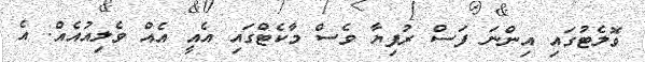
ވޮލެޓުގައި އިންނަ ފަސް ރުފިޔާ ވެސް މާކެޓްގައި އެއީ އެއް ވެލިއުއެއް. އެ